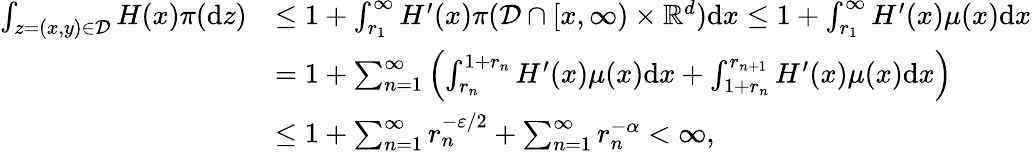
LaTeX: \begin{array}{rl}{\int_{z=(x,y)\in{\mathcal D}}H(x)\pi({\mathrm d}z)}&{\leq 1+\int_{r_{1}}^{\infty}H^{\prime}(x)\pi({\mathcal D}\cap[x,\infty)\times{\mathbb R}^{d}){\mathrm d}x\leq 1+\int_{r_{1}}^{\infty}H^{\prime}(x)\mu(x){\mathrm d}x}\\ &{=1+\sum_{n=1}^{\infty}\left(\int_{r_{n}}^{1+r_{n}}H^{\prime}(x)\mu(x){\mathrm d}x+\int_{1+r_{n}}^{r_{n+1}}H^{\prime}(x)\mu(x){\mathrm d}x\right)}\\ &{\leq 1+\sum_{n=1}^{\infty}r_{n}^{-\varepsilon/2}+\sum_{n=1}^{\infty}r_{n}^{-\alpha}<\infty,}\end{array}